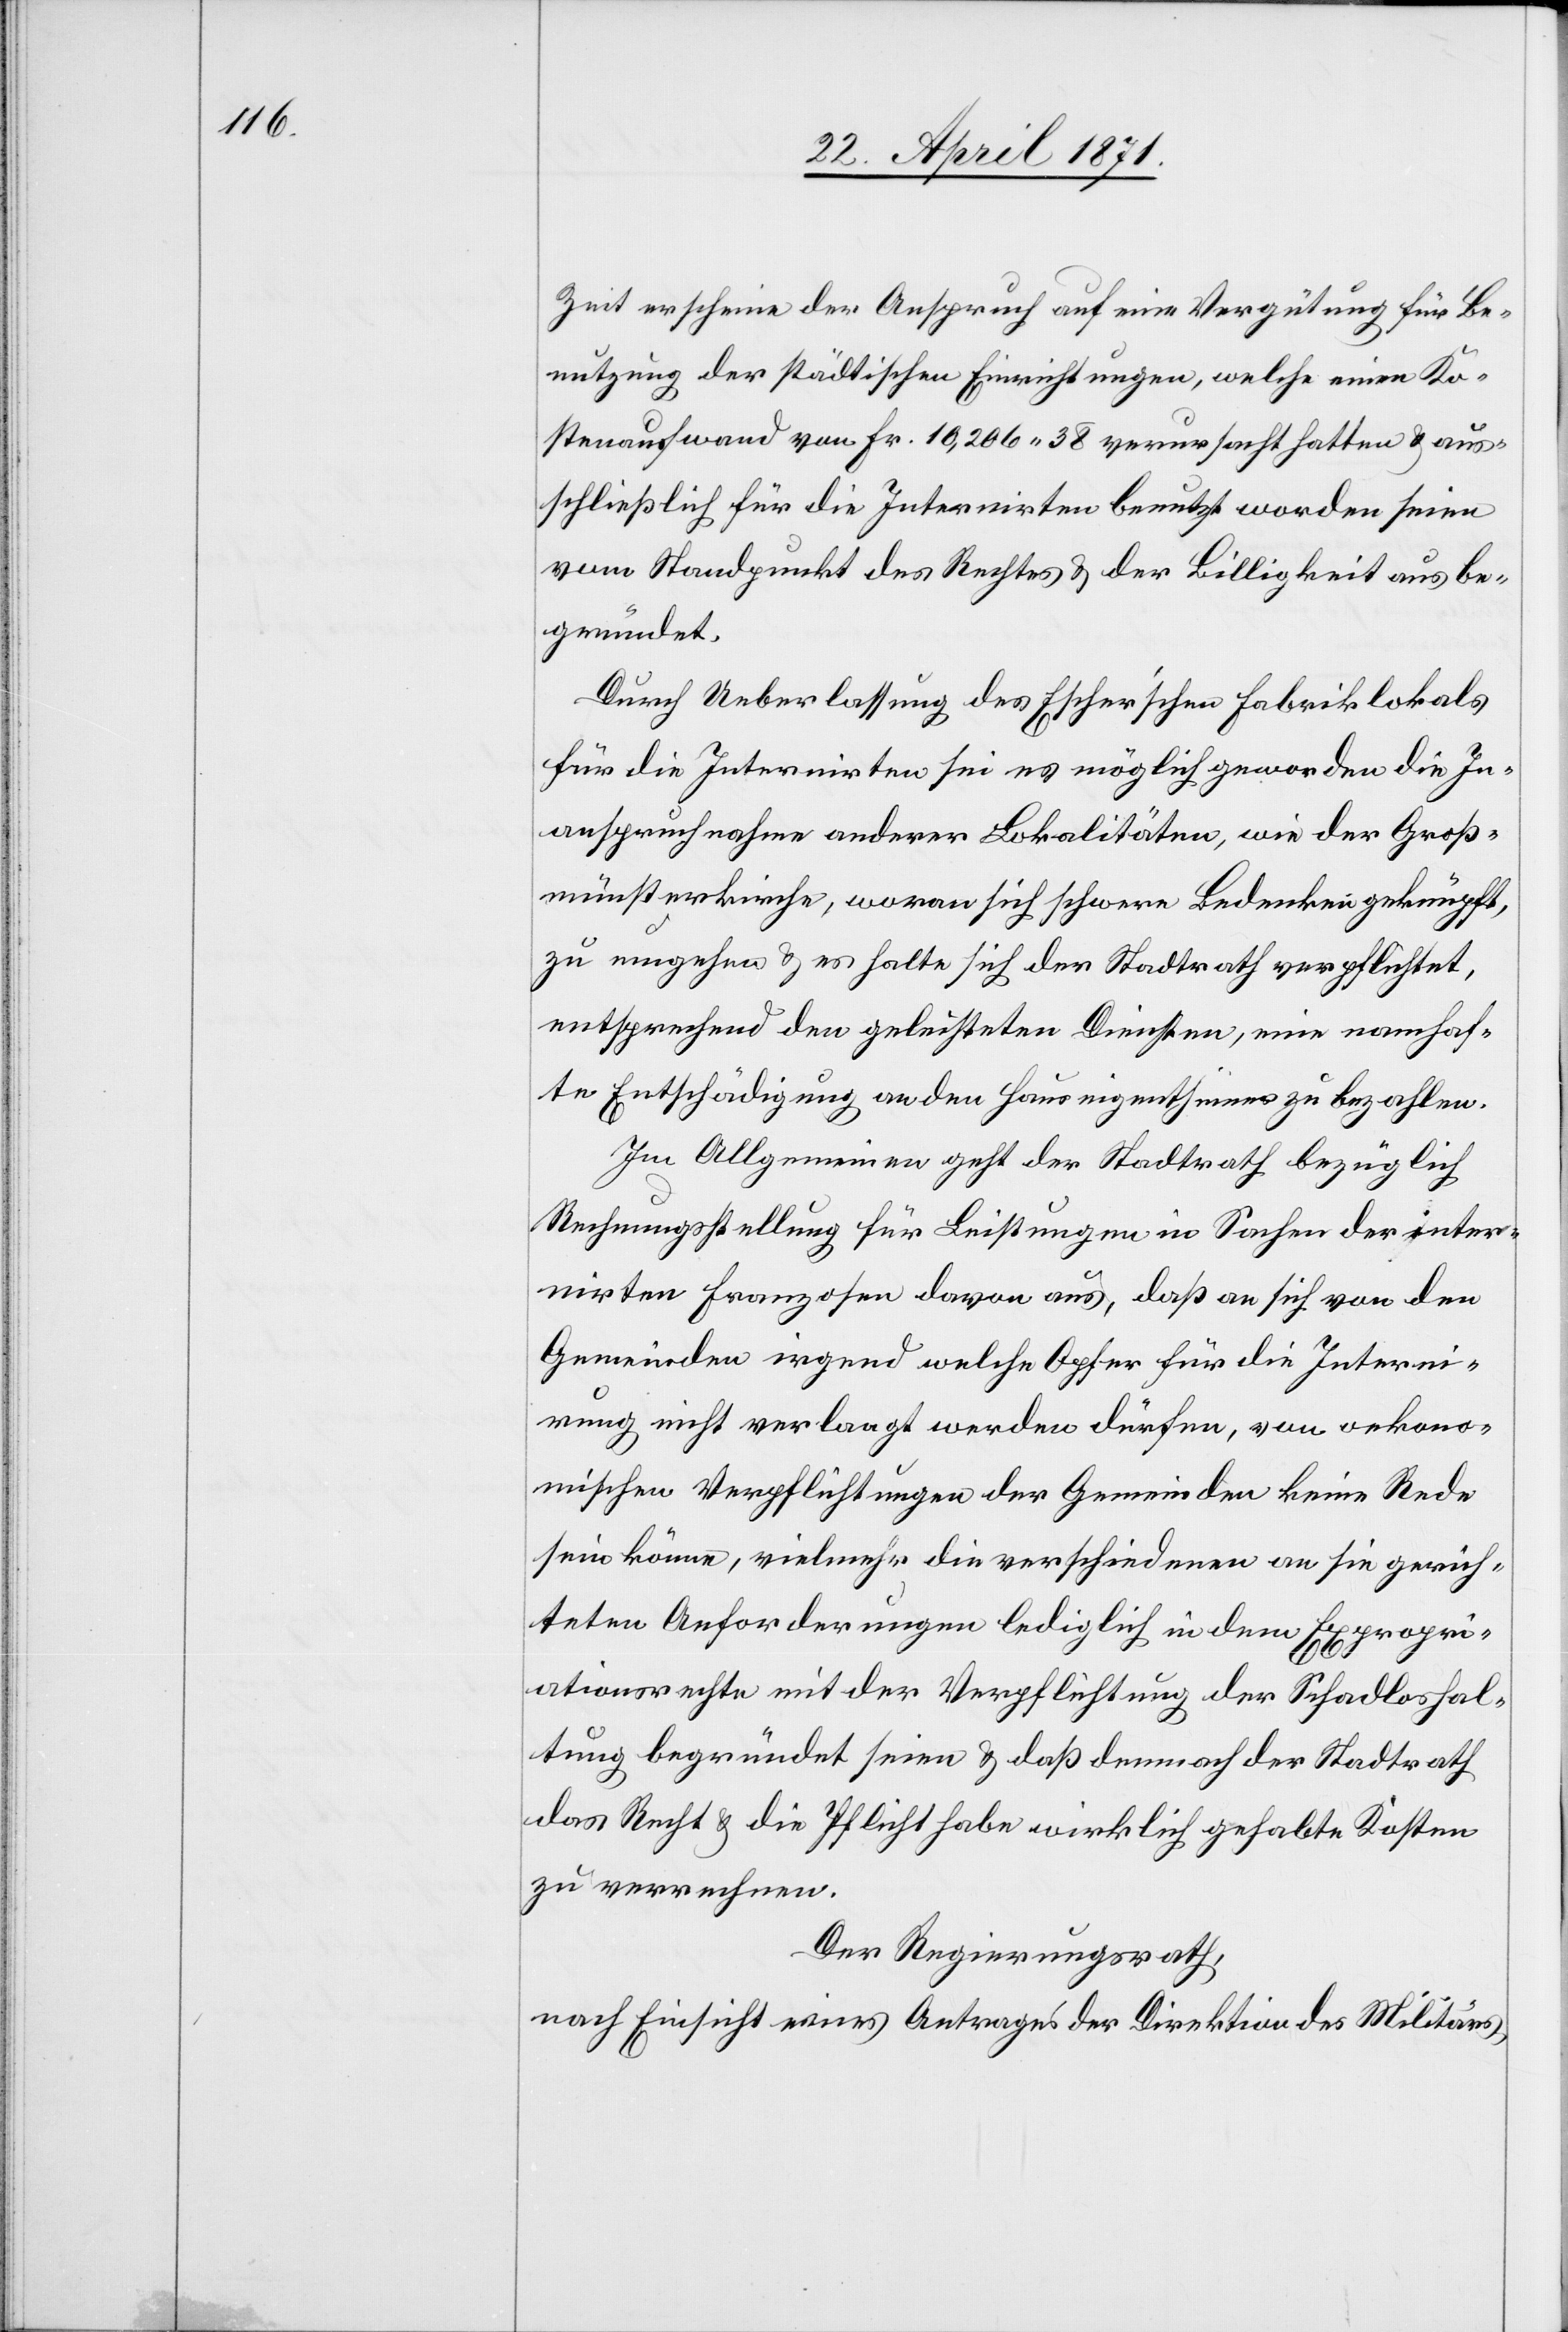
Zeit erscheine der Anspruch auf eine Vergütung für Be¬
nutzung der städtischen Einrichtungen, welche einen Ko¬
stenaufwand von Fr. 10,206.38 verursacht hatten u. aus¬
schließlich für die Internirten benutzt worden seien
vom Standpunkt des Rechtes u. der Billigkeit aus be¬
gründet.
Durch Ueberlassung des Escher’schen Fabriklokals
für die Internirten sei es möglich geworden die In¬
anspruchnahme anderer Lokalitäten, wie der Groß¬
münsterkirche, woran sich schwere Bedenken geknüpft,
zu umgehen u. es halte sich der Stadtrath verpflichtet,
entsprechend den geleisteten Diensten, eine namhaf¬
te Entschädigung an den Hauseigenthümer zu bezahlen.
Im Allgemeinen geht der Stadtrath bezüglich
Rechnungsstellung für Leistungen in Sachen der inter¬
nirten Franzosen davon aus, daß an sich von den
Gemeinden irgend welche Opfer für die Interni¬
rung nicht verlangt werden dürfen, von oekono¬
mischen Verpflichtungen der Gemeinden keine Rede
sein könne, vielmehr die verschiedenen an sie gerich¬
teten Anforderungen lediglich in dem Expropri¬
ationsrechte mit der Verpflichtung der Schadloshal¬
tung begründet seien u. daß demnach der Stadtrath
das Recht u. die Pflicht habe wirklich gehabte Kosten
zu verrechnen.
Der Regierungsrath,
nach Einsicht eines Antrages der Direktion des Militärs,